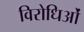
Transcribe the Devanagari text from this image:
विरोधिओं